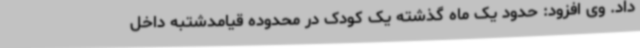
داد. وی افزود: حدود یک ماه گذشته یک کودک در محدوده قیامدشتبه داخل